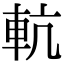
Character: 䡉